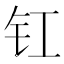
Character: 𮣲